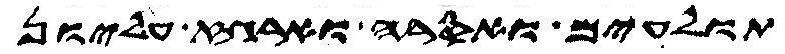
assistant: תולעים ואסרה וארגז עליון